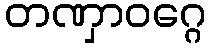
တဏှာဝဂ္ဂေ